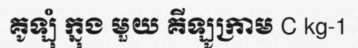
គូឡុំ ក្នុង មួយ គីឡូក្រាម C kg-1